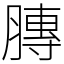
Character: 膞